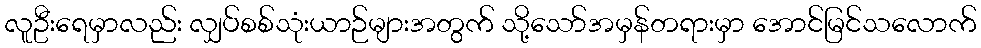
လူဦးရေမှာလည်း လျှပ်စစ်သုံးယာဉ်များအတွက် သို့သော်အမှန်တရားမှာ အောင်မြင်သလောက်